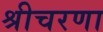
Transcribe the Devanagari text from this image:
श्रीचरणा